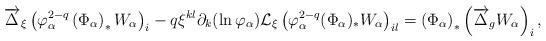
LaTeX: \begin{align*}\overrightarrow{\Delta}_\xi\left(\varphi_\alpha^{2-q}\left(\Phi_\alpha\right)_*W_\alpha\right)_i-q\xi^{kl}\partial_k(\ln \varphi_\alpha)\mathcal{L}_\xi\left(\varphi_\alpha^{2-q}(\Phi_\alpha)_* W_\alpha\right)_{il}=\left(\Phi_\alpha\right)_*\left(\overrightarrow{\Delta}_g W_\alpha\right)_i,\end{align*}